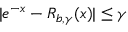
| e ^ { - x } - R _ { b , \gamma } ( x ) | \le \gamma